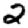
Digit: 2